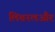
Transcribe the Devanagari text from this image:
लिबरलऔर